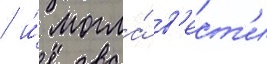
/ и́ могла́ в'ест'и